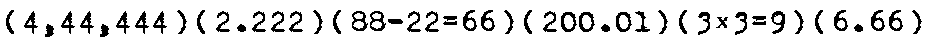
{4,44,444} (2.222) [88-22=66] {200.01} (3×3=9) [6.66]